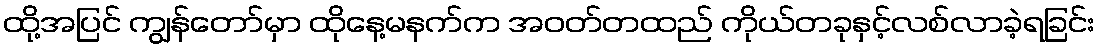
ထို့အပြင် ကျွန်တော်မှာ ထိုနေ့မနက်က အဝတ်တထည် ကိုယ်တခုနှင့်လစ်လာခဲ့ရခြင်း